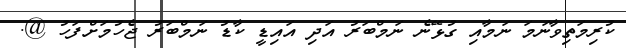
ކުރިމަތިވާނަމަ ނަމާއި ގުޅޭނެ ނަމްބަރު އަދި އައިޑީ ކާޑު ނަމްބަރު ޖެހުމަށްފަހު @.